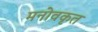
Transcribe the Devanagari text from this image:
मनोवकृत